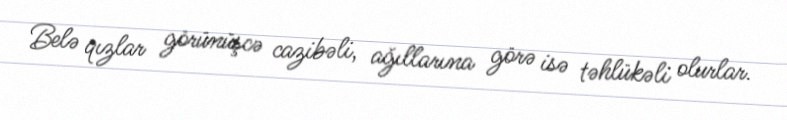
Belə qızlar görünüşcə cazibəli, ağıllarına görə isə təhlükəli olurlar.